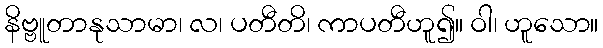
နိဗ္ဗူတာနုသာမာ၊ လ၊ ပတီတိ၊ ကာပတီဟူ၍။ ဝါ၊ ဟူသော။